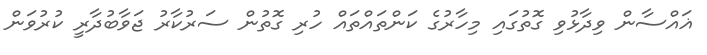
ޣައްސާން ވިދާޅުވި ގޮތުގައި މިހާރުގެ ކަންތައްތައް ހުރި ގޮތުން ސަރުކާރު ޖަވާބުދާރީ ކުރުވަން